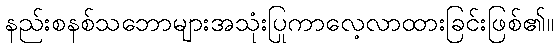
နည်းစနစ်သဘောများအသုံးပြုကာလေ့လာထားခြင်းဖြစ်၏။